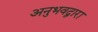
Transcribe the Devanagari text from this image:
अनुभवद्वारा